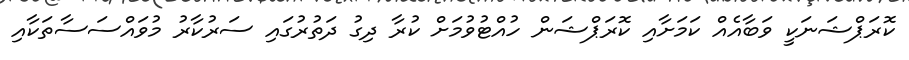
ކޮރަޕްޝަނަކީ ވަބާއެއް ކަމަށާއި ކޮރަޕްޝަން ހުއްޓުވުމަށް ކުރާ ދިގު ދަތުރުގައި ސަރުކާރު މުވައްސަސާތަކާއި